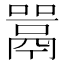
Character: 𫬋